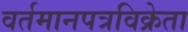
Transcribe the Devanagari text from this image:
वर्तमानपत्रविक्रेता